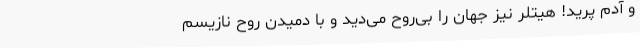
و آدم پرید! هیتلر نیز جهان را بی‌روح می‌دید و با دمیدن روح نازیسم